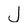
Character: J